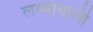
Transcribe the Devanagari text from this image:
लम्बीवाली